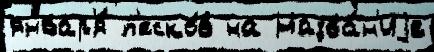
январ'я́ п'еско́в на Назва́н'иjе